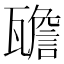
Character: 𱰒